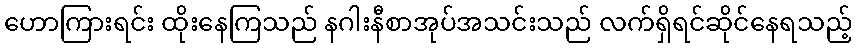
ဟောကြားရင်း ထိုးနေကြသည် နဂါးနီစာအုပ်အသင်းသည် လက်ရှိရင်ဆိုင်နေရသည့်